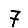
Digit: 7